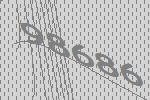
98686